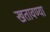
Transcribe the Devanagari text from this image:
खतावण्या